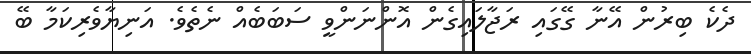
ދެކެ ބިރުން އޭނާ ގޭގައި ރަޖާލައިގެން އޮންނަންވީ ސަބަބެއް ނެތެވެ. އަނިޔާވެރިކަމާ ބޭ